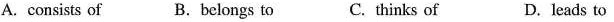
A. consists of B.belongs to C. thinks of D.leads to